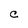
Character: c